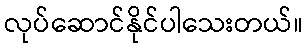
လုပ်ဆောင်နိုင်ပါသေးတယ်။